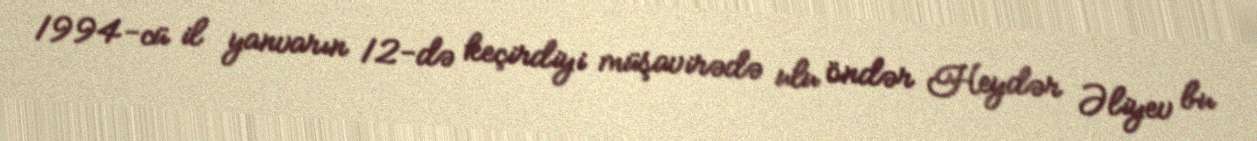
1994-cü il yanvarın 12-də keçirdiyi müşavirədə ulu öndər Heydər Əliyev bu